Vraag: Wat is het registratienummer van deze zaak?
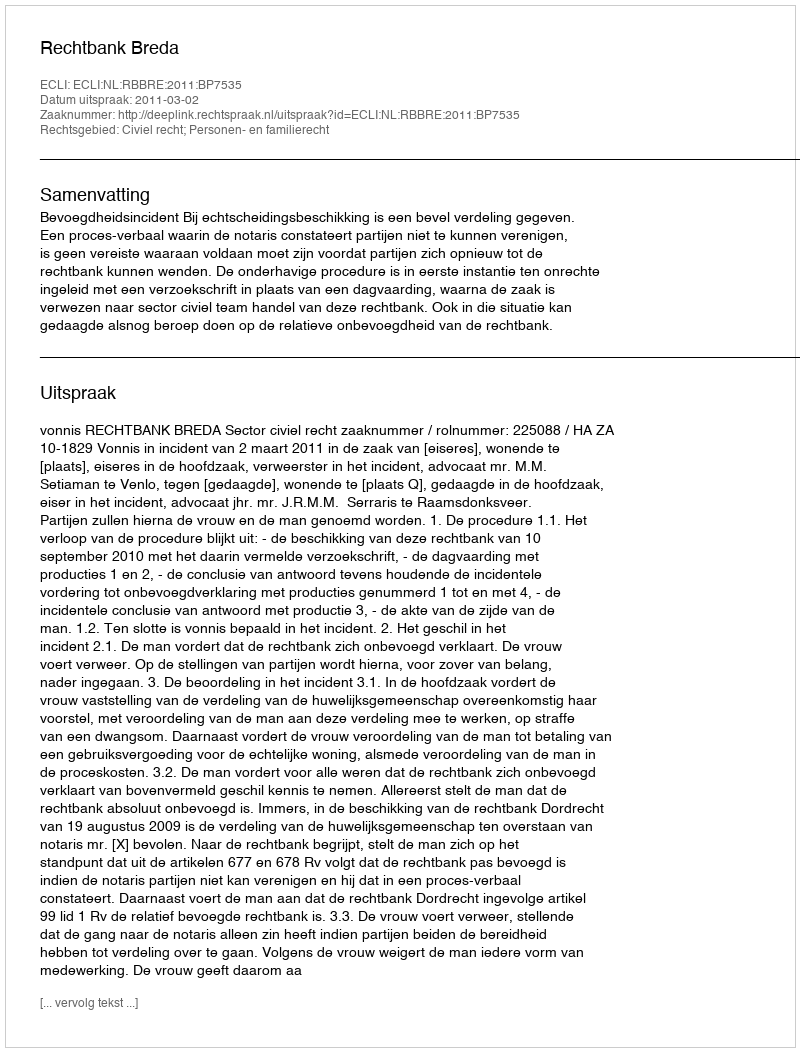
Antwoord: http://deeplink.rechtspraak.nl/uitspraak?id=ECLI:NL:RBBRE:2011:BP7535